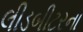
લીડબીટરના